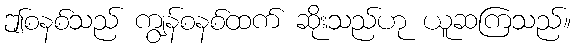
ဤစနစ်သည် ကျွန်စနစ်ထက် ဆိုးသည်ဟု ယူဆကြသည်။